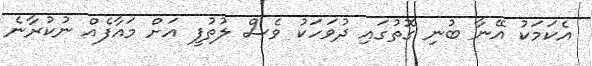
އެކަމަކު އޭނާ ބުނި ގޮތުގައި ދުވަހަކު ވެސް ލުތުފީ އަށް މައާފެއް ނުކުރާނެ